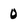
Character: 0